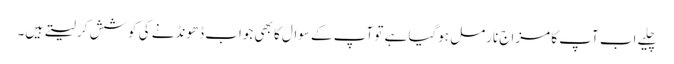
چلیے اب آپ کا مزاج نارمل ہوگیا ہے تو آپ کے سوال کا بھی جواب ڈھونڈنے کی کوشش کر لیتے ہیں۔